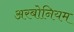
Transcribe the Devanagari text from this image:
अरबोनियम